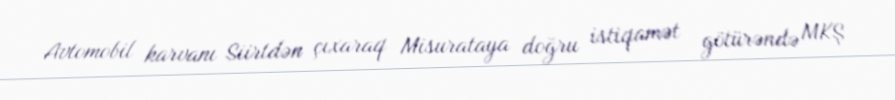
Avtomobil karvanı Siirtdən çıxaraq Misurataya doğru istiqamət götürəndə MKŞ